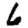
Digit: 6